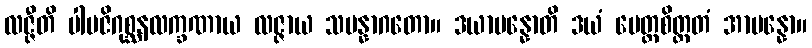
လဇ္ဇီတိ ပါပဇိဂုစ္ဆနလက္ခဏာယ လဇ္ဇာယ သမန္နာဂတော။ ဒယာပန္နောတိ ဒယံ မေတ္တစိတ္တတံ အာပန္နော။